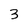
Character: 3